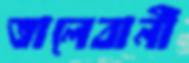
তালেবানী